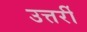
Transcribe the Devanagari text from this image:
उत्तर्री